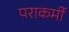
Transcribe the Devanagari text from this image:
पराकर्मी